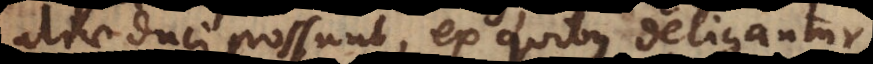
aliae duci possunt, ex quibus deligantur